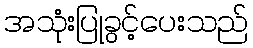
အသုံးပြုခွင့်ပေးသည်